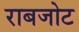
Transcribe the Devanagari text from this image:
राबजोट